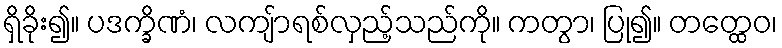
ရှိခိုး၍။ ပဒက္ခိဏံ၊ လကျ်ာရစ်လှည့်သည်ကို။ ကတွာ၊ ပြု၍။ တတ္ထေဝ၊